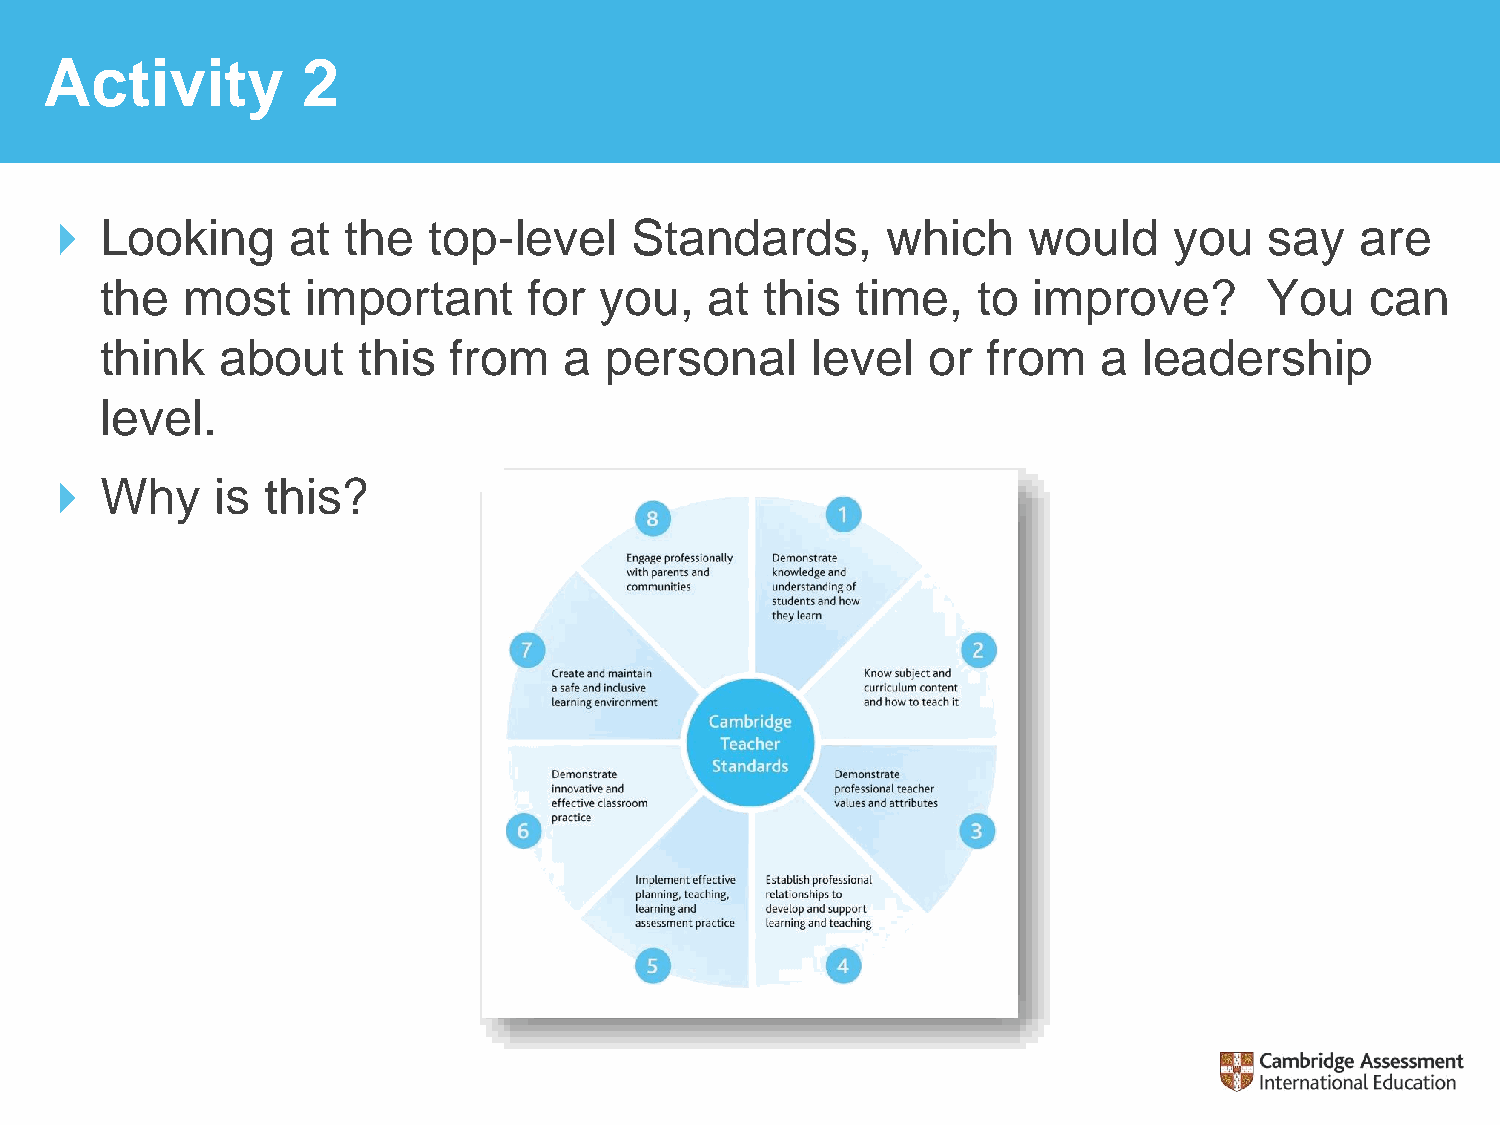
Activity         2
    Looking     at  the  top-level     Standards,       which    would     you   say   are
 the  most    important      for  you,   at  this  time,   to improve?        You    can
 think   about    this  from   a  personal      level  or  from    a  leadership
 level.
    Why    is this?